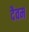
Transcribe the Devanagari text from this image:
दैवम